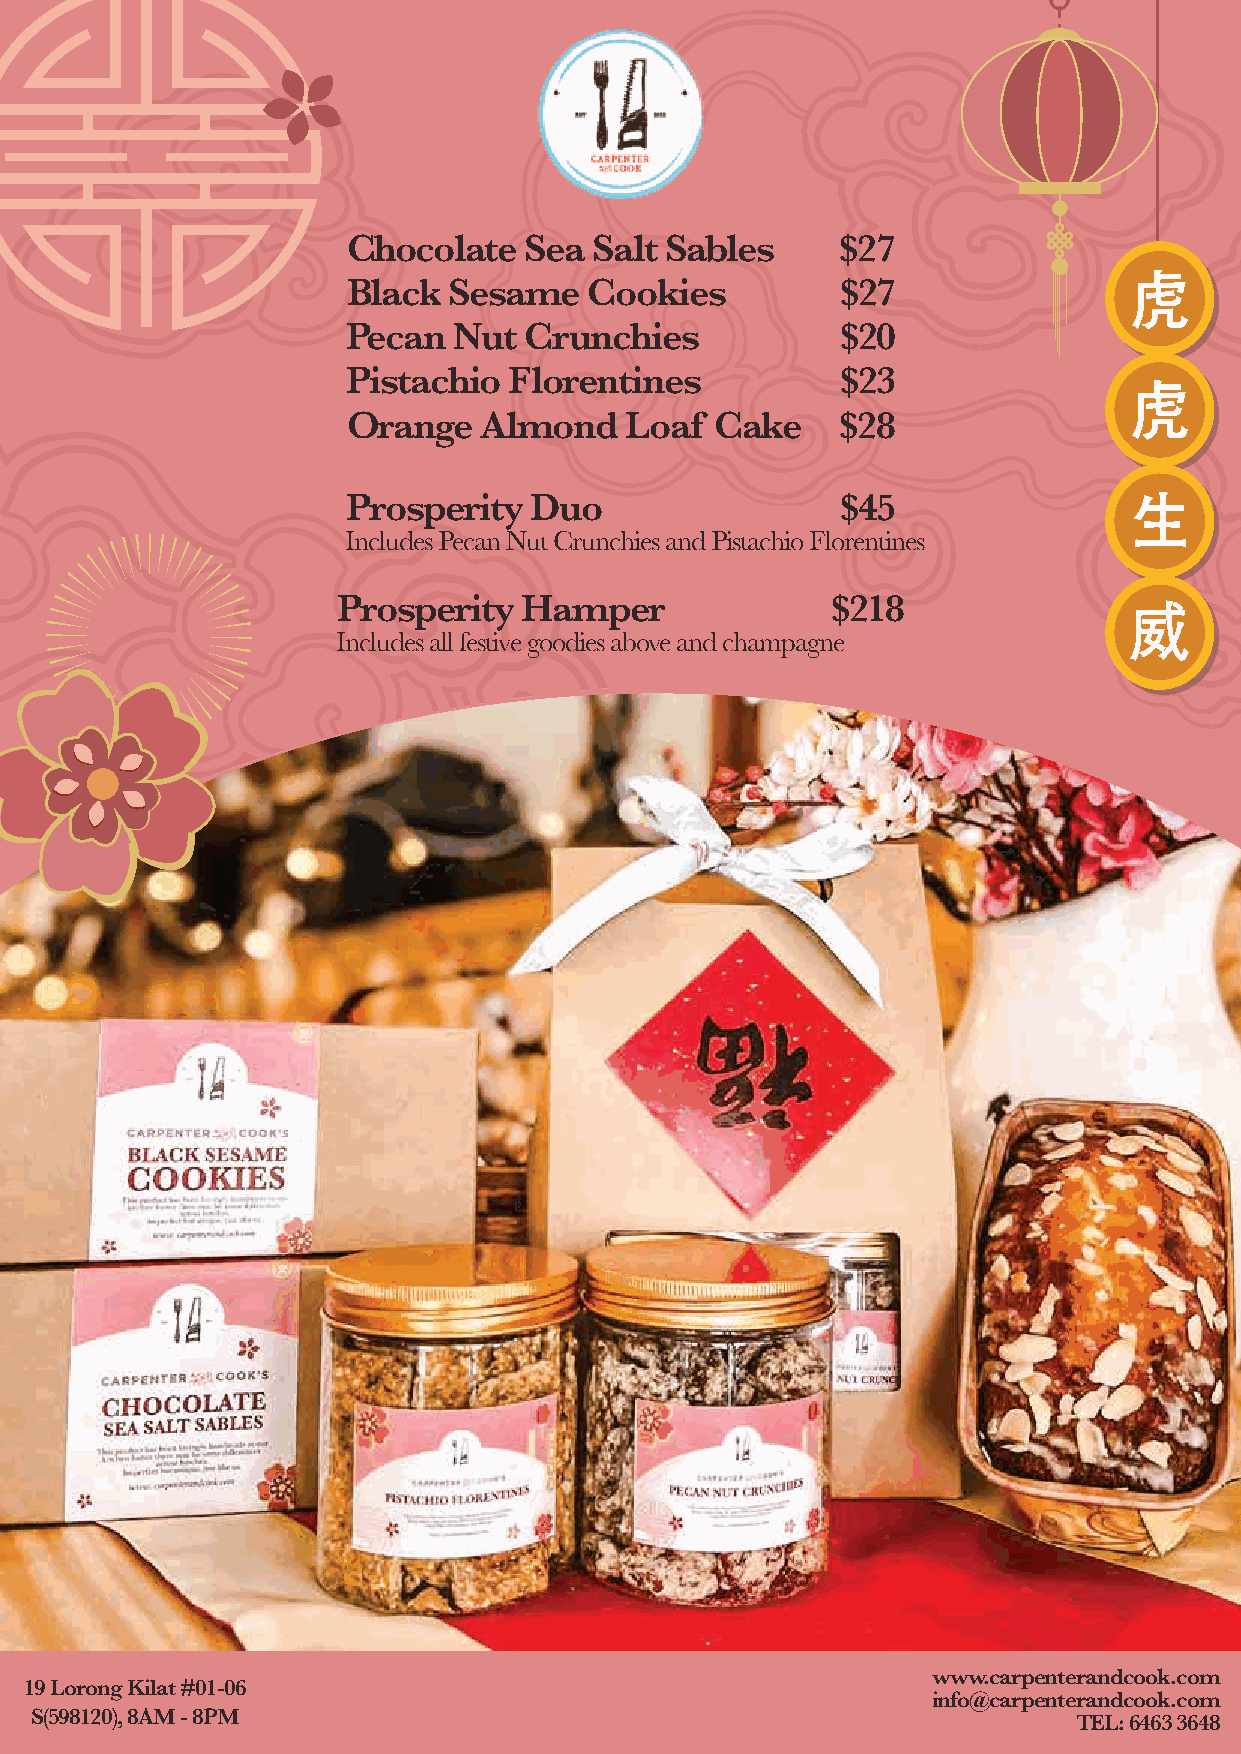
Chocolate   Sea Salt Sables      $27
 虎虎
 Black  Sesame   Cookies          $27
 Pecan  Nut  Crunchies            $20
 Pistachio  Florentines           $23
 虎虎
 Orange   Almond   Loaf  Cake     $28
 Prosperity  Duo                  $45                生生
 Includes Pecan Nut Crunchies and Pistachio Florentines
 Prosperity   Hamper              $218                威威
 Includes all festive goodies above and champagne
 www.carpenterandcook.com
 19 Lorong Kilat #01-06
 info@carpenterandcook.com
 S(598120), 8AM - 8PM                                                 TEL: 6463 3648